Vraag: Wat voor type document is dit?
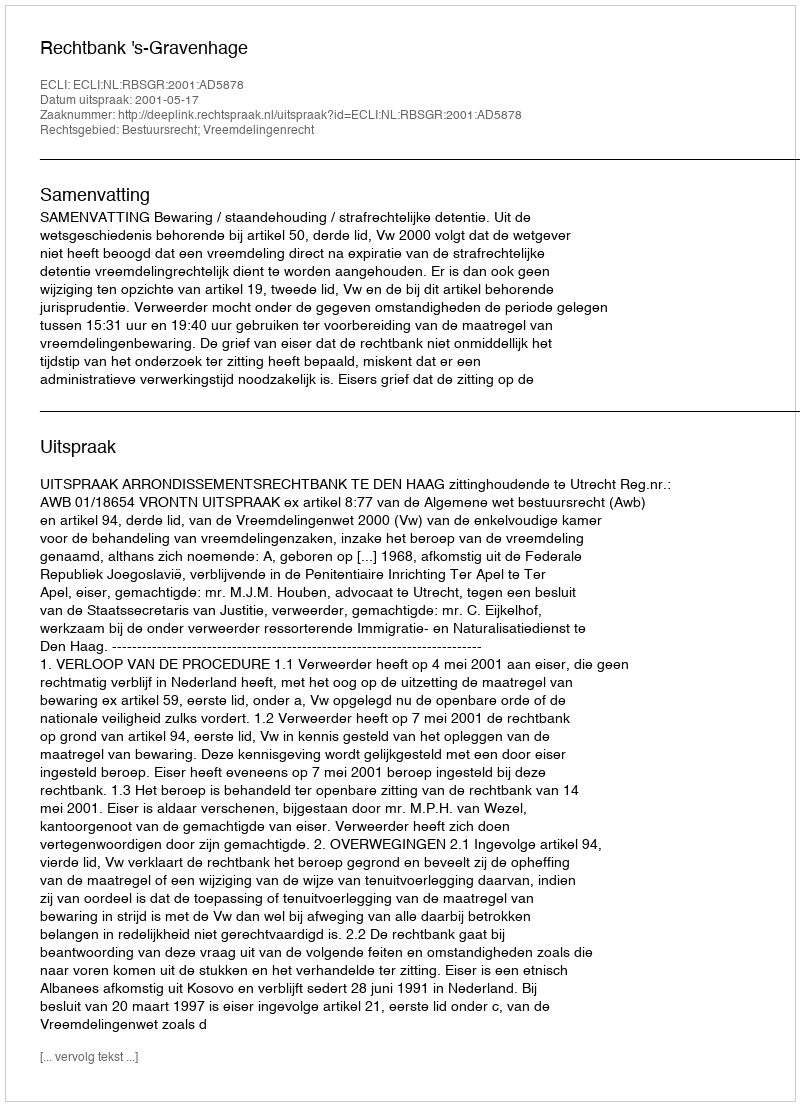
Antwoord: Uitspraak